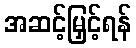
အဆင့်မြှင့်ရန်